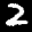
Label: 2